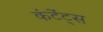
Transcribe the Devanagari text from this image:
कंटेंट्स